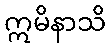
ဣမိနာသိ